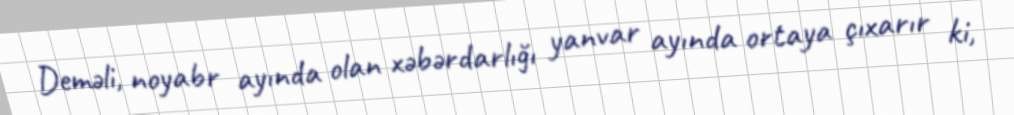
Deməli, noyabr ayında olan xəbərdarlığı yanvar ayında ortaya çıxarır ki,